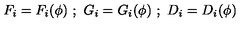
F _ { i } = F _ { i } ( \phi ) \ ; \ G _ { i } = G _ { i } ( \phi ) \ ; \ D _ { i } = D _ { i } ( \phi )